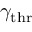
\gamma _ { \mathrm { t h r } }